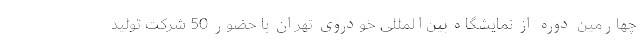
چهارمین دوره از نمایشگاه بین‌المللی خودروی تهران با حضور 50 شرکت تولید